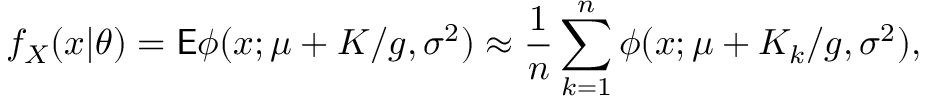
f _ { X } ( x | \theta ) = \mathsf E \phi ( x ; \mu + K / g , \sigma ^ { 2 } ) \approx \frac { 1 } { n } \sum _ { k = 1 } ^ { n } \phi ( x ; \mu + K _ { k } / g , \sigma ^ { 2 } ) ,